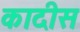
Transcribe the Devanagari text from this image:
कादीस